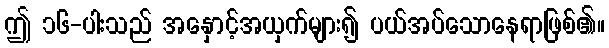
ဤ ၁၆-ပါးသည် အနှောင့်အယှက်များ၍ ပယ်အပ်သောနေရာဖြစ်၏။